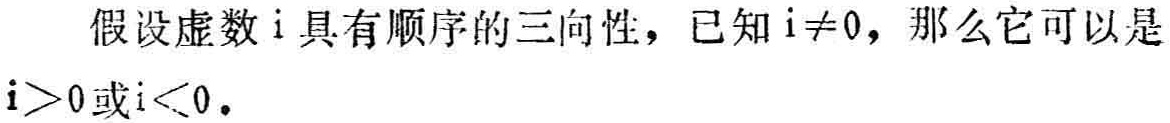
假设虚数\(i\)具有顺序的三向性，已知\(i \neq 0\)，那么它可以是\(i>0\)或\(i<0\)。